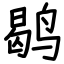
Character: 鹖